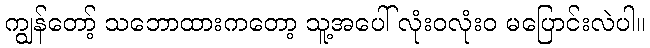
ကျွန်တော့် သဘောထားကတော့ သူ့အပေါ် လုံးဝလုံးဝ မပြောင်းလဲပါ။